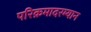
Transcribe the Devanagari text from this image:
परिक्रमादरम्यान